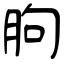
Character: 胊